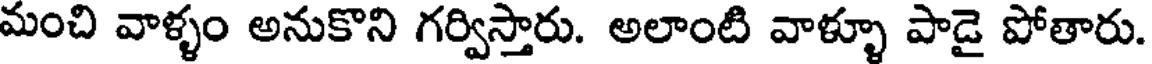
మంచి వాళ్ళం అనుకొని గర్విస్తారు. అలాంటి వాళ్ళూ పాడై పోతారు.